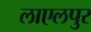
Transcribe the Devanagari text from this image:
लाएलपुर